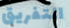
التفريق